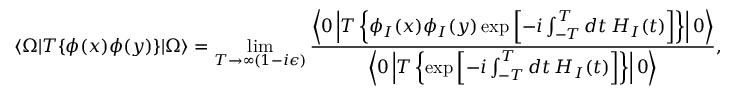
\langle \Omega | T \{ \phi ( x ) \phi ( y ) \} | \Omega \rangle = \operatorname* { l i m } _ { T \to \infty ( 1 - i \epsilon ) } { \frac { \left\langle 0 \left| T \left\{ \phi _ { I } ( x ) \phi _ { I } ( y ) \exp \left[ - i \int _ { - T } ^ { T } d t \, H _ { I } ( t ) \right] \right\} \right| 0 \right\rangle } { \left\langle 0 \left| T \left\{ \exp \left[ - i \int _ { - T } ^ { T } d t \, H _ { I } ( t ) \right] \right\} \right| 0 \right\rangle } } ,